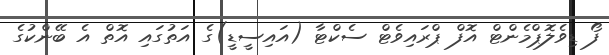
ފޯ ޑިވެލޮޕްމެންޓް އޮފް ޕްރައިވެޓް ސެކްޓާ (އައިސީޑީ)ގެ އަތުގައި އޮތް އެ ބޭންކުގެ